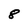
Character: 8